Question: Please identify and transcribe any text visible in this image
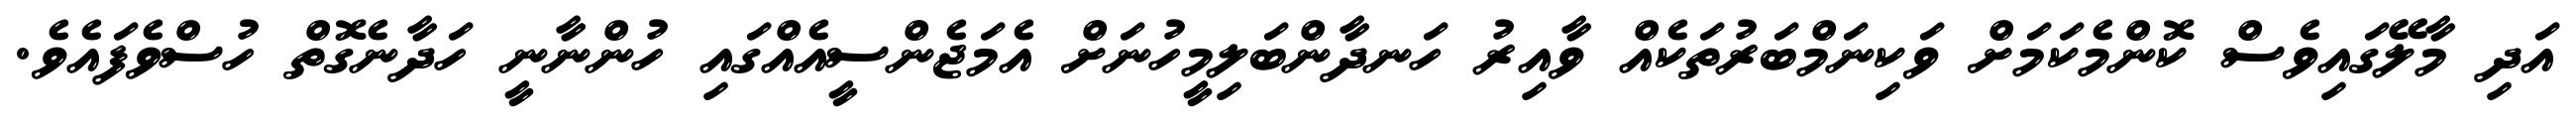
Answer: އަދި މާލޭގައިވެސް ކޮންމެކަމަށް ވަކިނަމްބަރުތަކެއް ވާއިރު ހަނދާންބަލިމީހުނަށް އެމަޖެންސީއެއްގައި ހުންނާނީ ހަދާނެގޮތް ހުސްވެފައެވެ.